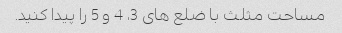
مساحت مثلث با ضلع های 3، 4 و 5 را پیدا کنید.